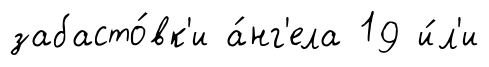
забасто́вк'и а́нг'ела 19 и́л'и